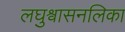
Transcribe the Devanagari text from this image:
लघुश्वासनलिका